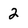
Character: 2